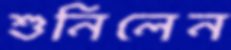
শুনিলেন